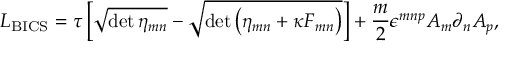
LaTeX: { \cal L } _ { \mathrm { B I C S } } = \tau \left[ \sqrt { \operatorname * { d e t } \eta _ { m n } } - \sqrt { \operatorname * { d e t } \left( \eta _ { m n } + \kappa F _ { m n } \right) } \right] + \frac { m } { 2 } \epsilon ^ { m n p } A _ { m } \partial _ { n } A _ { p } ,